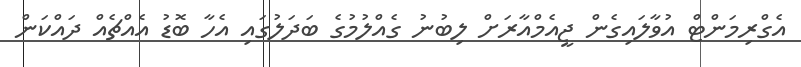
އެގްރިމަންޓް އުވާލައިގެން ޖީއެމްއާރަށް ލިބުނު ގެއްލުމުގެ ބަދަލުގައި އެހާ ބޮޑު އެއްޗެއް ދައްކަން